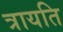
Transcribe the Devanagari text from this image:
त्रायति